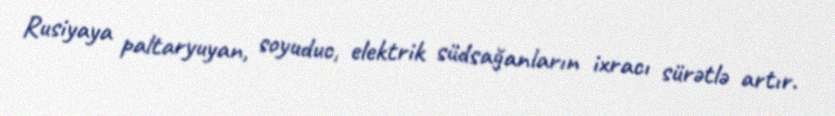
Rusiyaya paltaryuyan, soyuduc, elektrik südsağanların ixracı sürətlə artır.